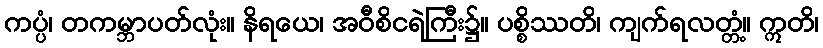
ကပ္ပံ၊ တကမ္ဘာပတ်လုံး။ နိရယေ၊ အဝီစိငရဲကြီး၌။ ပစ္စိဿတိ၊ ကျက်ရလတ္တံ့။ ဣတိ၊